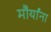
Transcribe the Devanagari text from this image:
मौर्यांना